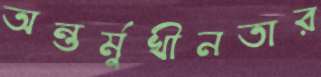
অন্তর্মুখীনতার